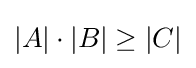
|A|\cdot |B|\geq |C|